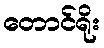
တောင်ရိုး